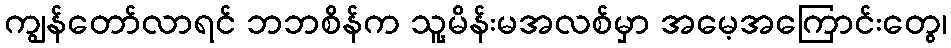
ကျွန်တော်လာရင် ဘဘစိန်က သူ့မိန်းမအလစ်မှာ အမေ့အကြောင်းတွေ၊